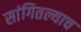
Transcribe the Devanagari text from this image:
सांगितल्याच